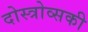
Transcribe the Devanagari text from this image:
दोस्त्रोव्सकी